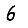
Digit: 6